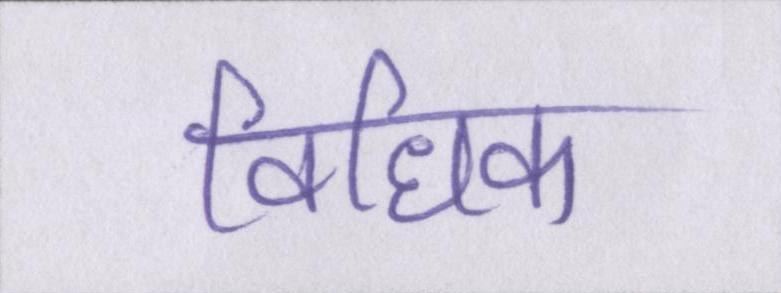
विधिक